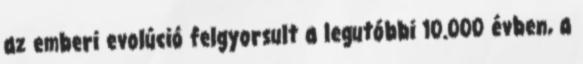
az emberi evolúció felgyorsult a legutóbbi 10.000 évben, a